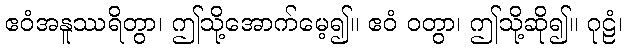
ဧဝံအနူဿရိတွာ၊ ဤသို့အောက်မေ့၍။ ဧဝံ ဝတွာ၊ ဤသို့ဆို၍။ ဂုဠံ၊